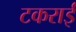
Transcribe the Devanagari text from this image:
टकराईं